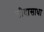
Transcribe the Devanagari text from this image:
सीदासाधा